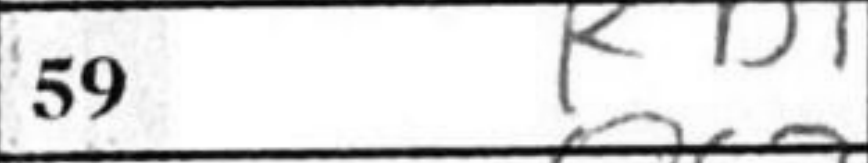
Transcription: Kb1